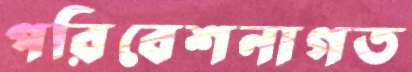
পরিবেশনাগত